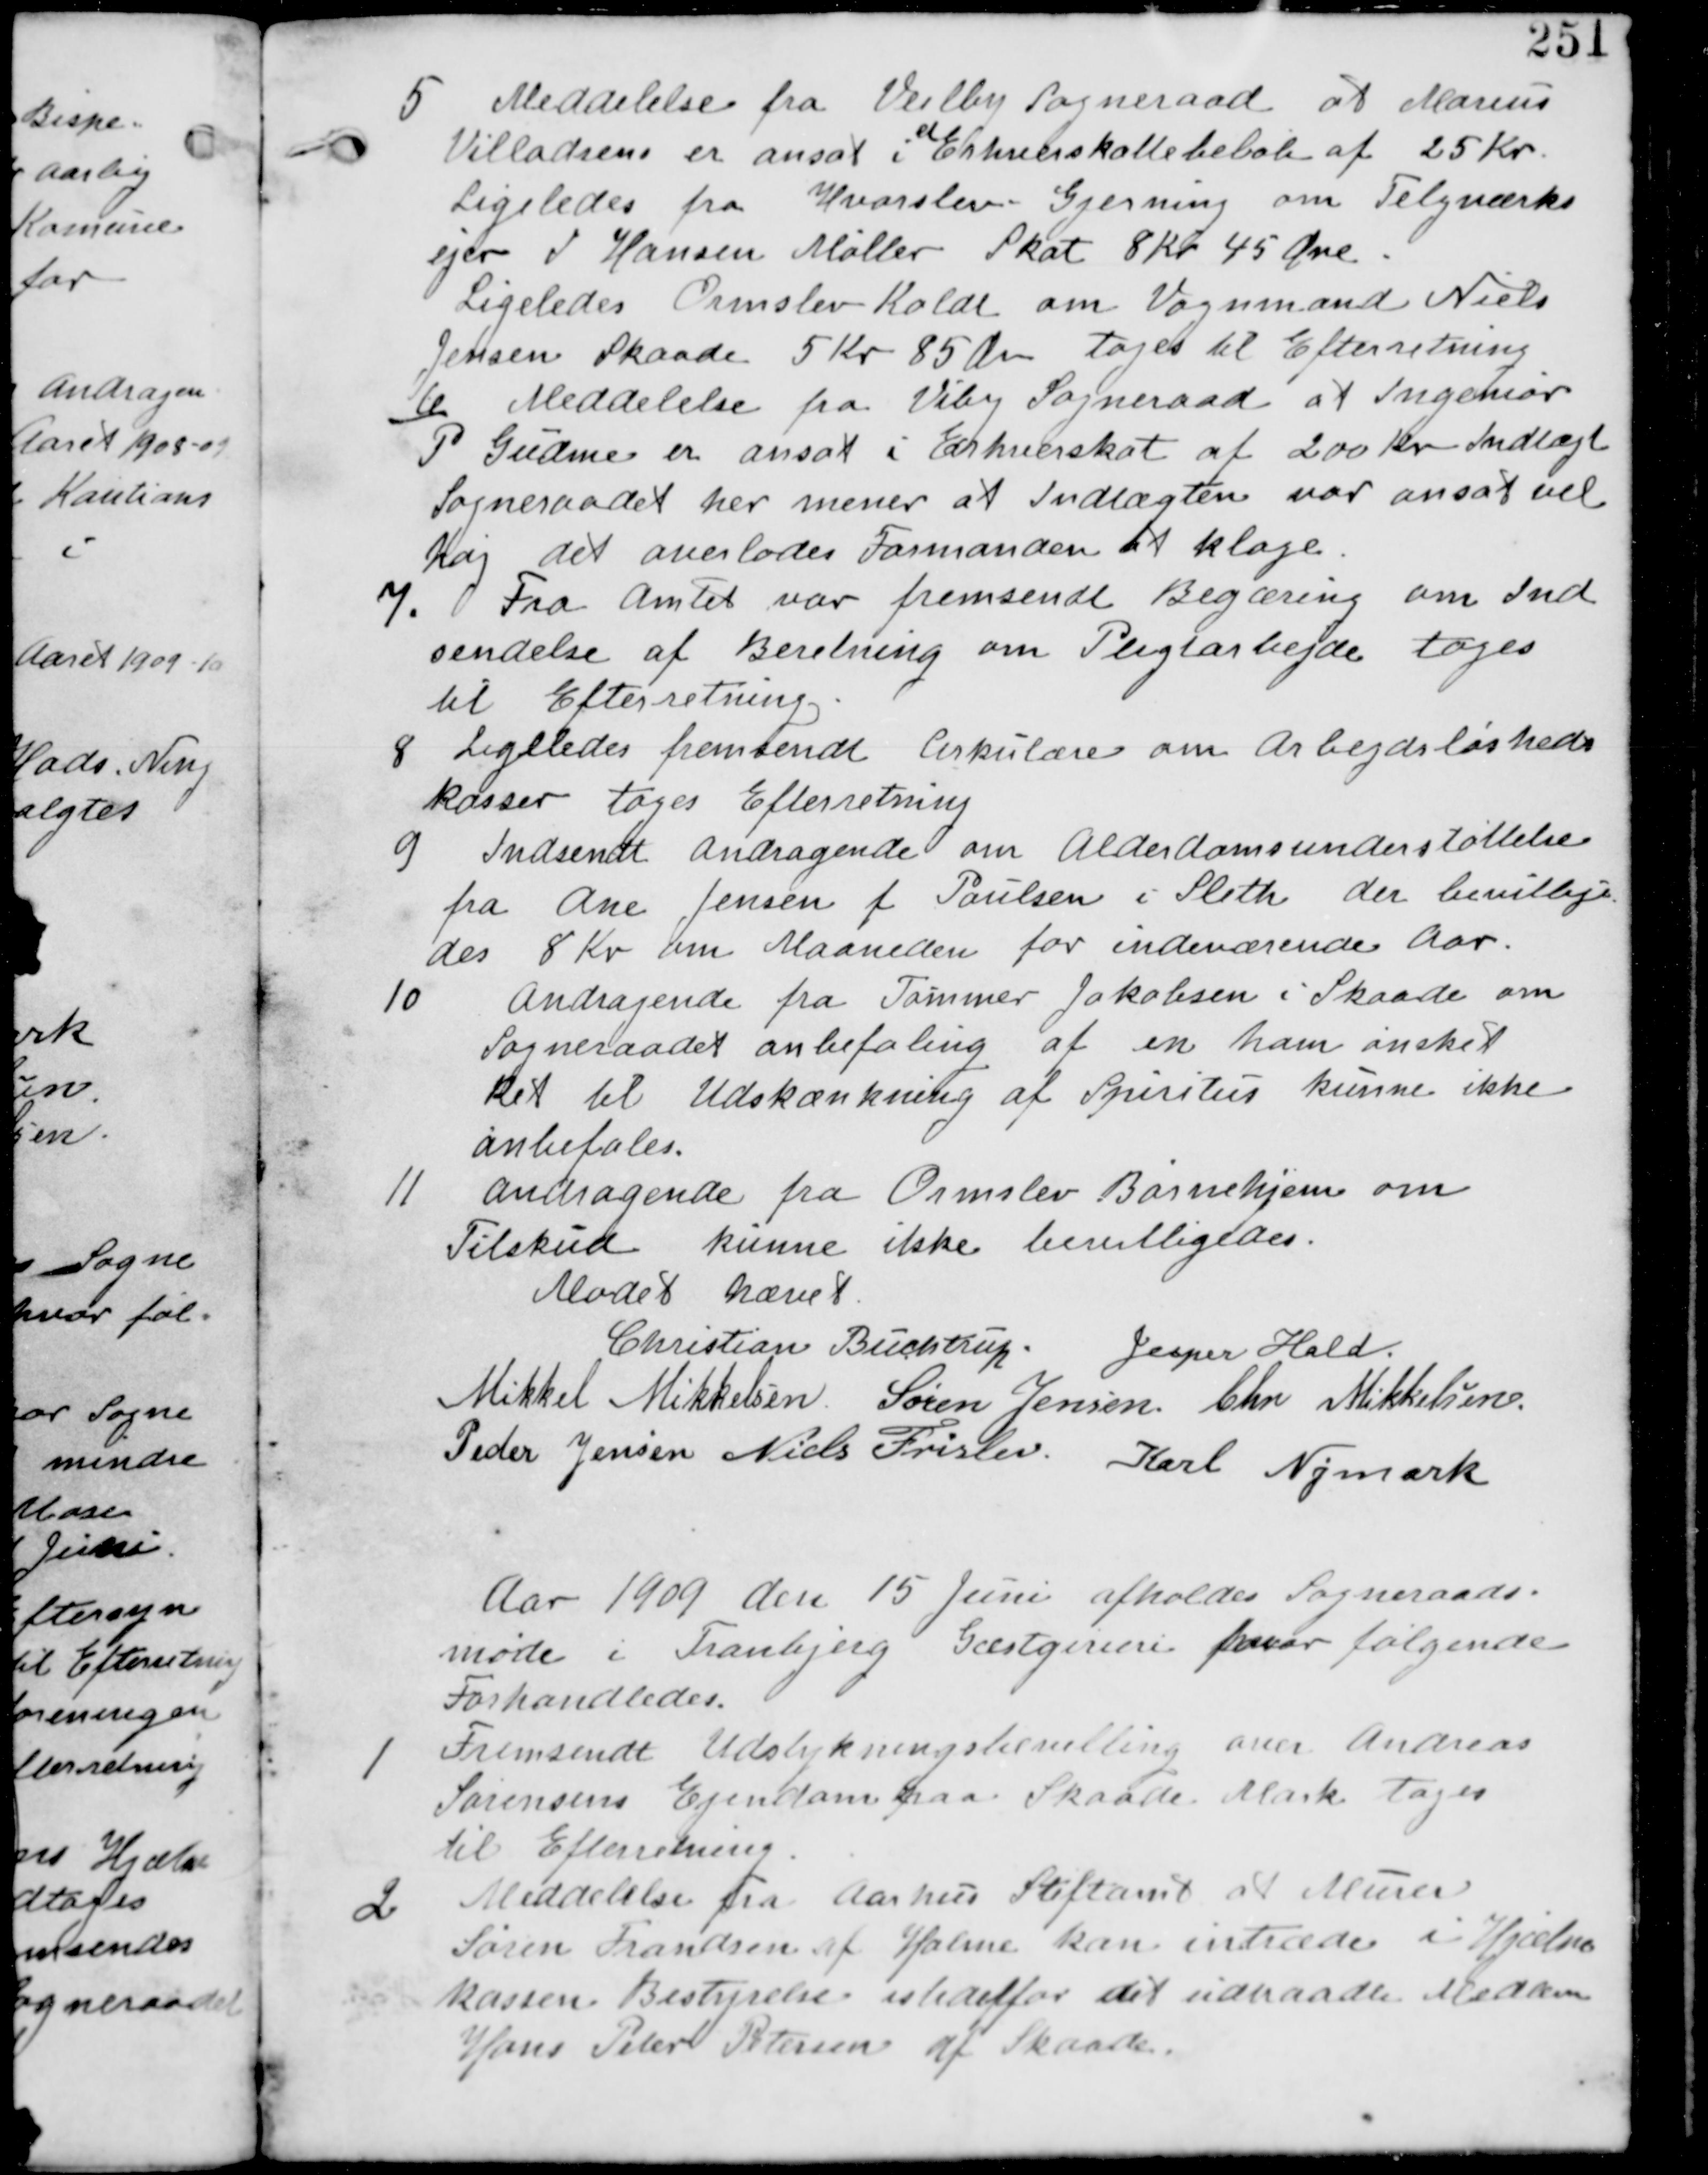
Transskription:
5 Meddelelse fra Vejlby Sogneraad at Marius
Villadsen er ansat Erhvervssskattebeløb af 25 Kr
Ligeledes fra Hvorslev - Gjerning om Teglværks
ejer I Hansen Møller Skat 8 Kr 45 Øre.
Ligeledes Ormslev - Koldt om Vognmand Niels
Jensen Skaade 5 Kr 85 Øre tages til Efterretning.

6 Meddelelse fra Viby Sogneraad at Ingeniør
P Gudme er ansat i Erhvervsskat af 200 Kr Indtægt
Sogneraadet her mener at Indtægten var ansat vel
Høj det overlades Formanden at klage.

7. Fra Amtet var fremsendt Beregning om Ind
sendelse af Beretning om Pligtarbejde tages
til Efterretning.

8 Ligeledes fremsendt Cirkulære om Arbejdsløsheds
kasser tages Efterretning.

9 Indsendt Andragende om Alderdomsunderstøttelse
fra Ane Jensen f Paulsen i Sleth der bevillige
des 8 Kr om Maaneden for indeværende Aar.

10 Andragende fra Tømmer Jakobsen i Skaade om
Sogneraadet anbefaling af en ham ønsket
Ret til Udskænkning af Spiritus kunne ikke
anbefales.

11 Andragende fra Ormslev Børnehjem om
Tilskud kunne ikke bevilliges

Mødet hævet
Christian Buchtrup. Jesper Hald
Mikkel Mikkelsen Søren Jensen Chr Mikkelsen
Peder Jensen Niels Frislev. Karl Nymark

Aar 1909 den 15 Juni afholdes Sogneraads
møde i Tranbjerg Gæstgiveri hvor følgende
Forhandledes.

1
Fremsendt Udstykningsbevilling over Andreas
Sørensens Ejendom paa Skaade Mark tages
til Efterretning

2 Meddelelse fra Aarhus Stiftamt at Murer
Søren Frandsen af Holme kan indtræde i Hjælpe
kassen Bestyrelse i stedet for det udtrådte Medlem
Hans Peter Petersen af Skaade,